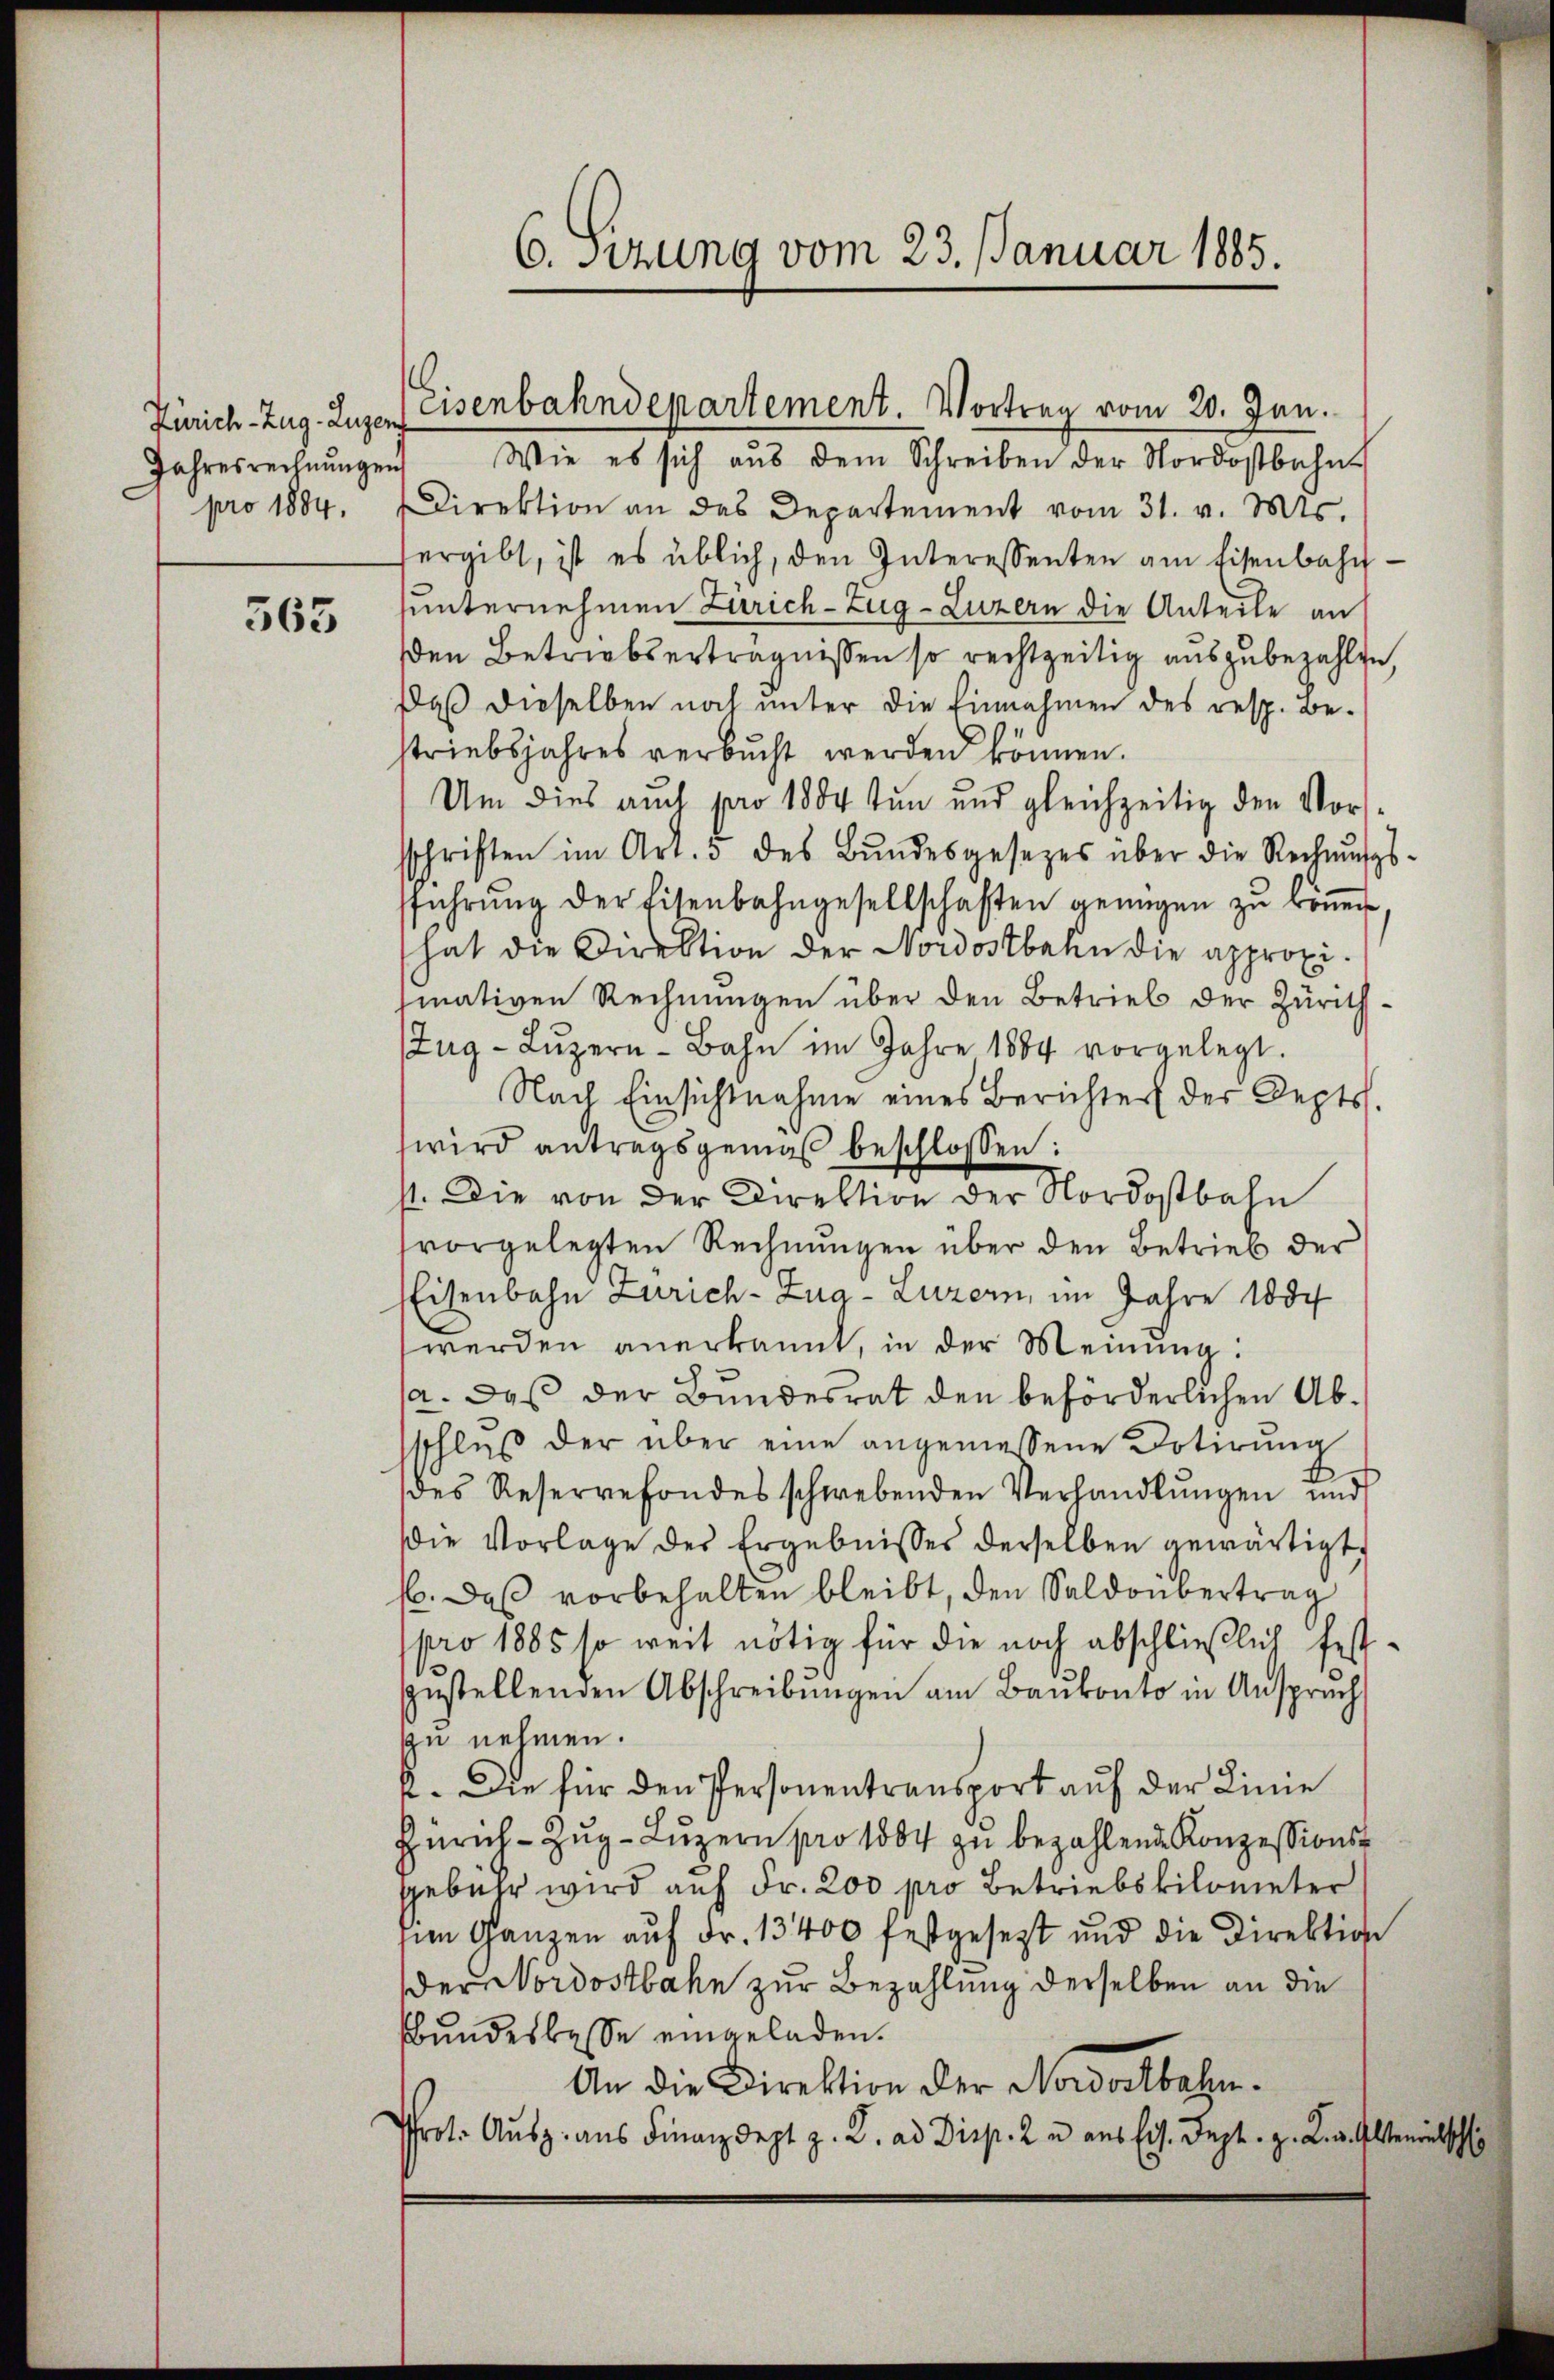
Jahresrechnungen

565

Wie es sich aus dem Schreiben der Nordostbahn
pro 1884. Direktion an das Departement vom 31. v. Mts.
ergibt, ist es üblich, den Interessenten am Eisenbahn-
hunternehmen Zürich–Zug–Luzern die Anteile an
den Betrieberträgnissen so rechtzeitig auszubezahlte,
Daß dieselben noch unter die Einnahmen des resp. Be-
striebsjahres verbucht werden können.
Um dies auch pro 1804 tun und gleichzeitig den Vorssschriften im Art. 3 des Bŭndesgesezes über die Rechnŭngs-
sführŭng der Eisenbahngesellschaften genügen zŭ köṅen.
hat die Direktion der Nordostbahn die approxisinativen Rechnungen über den Betrieb der Zürich¬
Zug-Lŭzern-Bahn im Jahre 1884 vorgelegt.
Nach Einsichtnahme eines Berichter der Depts.
wird antragsgemäß beschlossen:
st. Die von der Direktion der Nordostbahn
tvorgelegten Rechnungen über den Betrieb der
Eisenbahn Zürich–Zug–Luzern, im Jahre 1804
werden anerkannt, in der Meinung:
a. Daß der Bundesrat den beförderlichen Absschluß der über eine angemessene Dotirung
t
des Reservefondes schwebenden Verhandlŭngen und
Die Vorlage des Ergebnisses derselben gewärtigt,
66. Das vorbehalten bleibt, den Saldoübertrag
pro 1885 so weit nötig für die noch abschließlich festzustellenden Abschreibŭngen am Baŭkonto in Anspruch
zu nehmen.
2. Die für den Personentransport auf der Linie
Zürich–Zug–Luzern pro 1884 zu bezahlende Konzessionsgebühr wird auf Fr. 200 pro Betriebskilometer
im Ganzen auf Fr. 13400 festgesetzt und die Direktion
der Nordostbahn zur Bezahlung derselben an die
bundesbesse eingeladen.
An die Direktion der Noworlbahn¬
Prot. Aŭsz. aus Finanzdept z. B. ad Disp. 2 u aus Eis. Sept. z. B. Alterinthsch

6. Sizung vom 23. Januar 1885.

Zürich-Zug. Luzer Eisenbahndepartement. Vortrag vom 20. Jun.